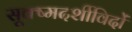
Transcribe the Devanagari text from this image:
सूक्ष्मदर्शीविदों